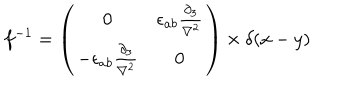
LaTeX: f ^ { - 1 } = \left( \begin{matrix} { { 0 } } & { { \epsilon _ { a b } \frac { \partial _ { 3 } } { \nabla ^ { 2 } } } } \\ { { - \epsilon _ { a b } \frac { \partial _ { 3 } } { \nabla ^ { 2 } } } } & { { 0 } } \\ \end{matrix} \right) \times \delta ( x - y )